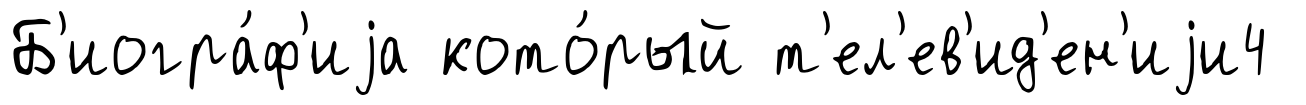
Б'иогра́ф'иjа кото́рый т'ел'ев'ид'ен'иjи4